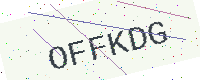
Text: OFFKDG